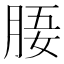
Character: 𣍲